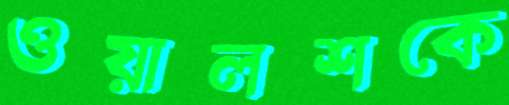
ওয়ালশকে